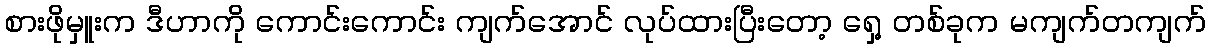
စားဖိုမှူးက ဒီဟာကို ကောင်းကောင်း ကျက်အောင် လုပ်ထားပြီးတော့ ရှေ့ တစ်ခုက မကျက်တကျက်